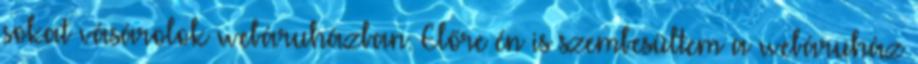
sokat vásárolok webáruházban. Előre én is szembesültem a webáruház